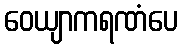
ဝေယျာကရဏံပေ